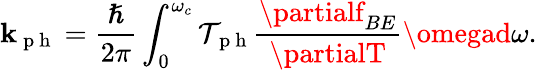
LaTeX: \mathbf{k}_{\mathrm{{~p~h~}}}=\frac{{\hslash}}{{2\pi}}\int_{0}^{\omega_{c}}\mathcal{{T}}_{\mathrm{{~p~h~}}}\frac{{\partialf_{BE}}}{{\partialT}}\omegad\omega.